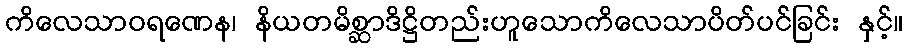
ကိလေသာဝရဏေန၊ နိယတမိစ္ဆာဒိဋ္ဌိတည်းဟူသောကိလေသာပိတ်ပင်ခြင်း နှင့်။